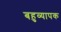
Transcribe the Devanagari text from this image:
बहुव्यापक